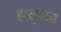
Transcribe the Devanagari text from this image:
हालुवास